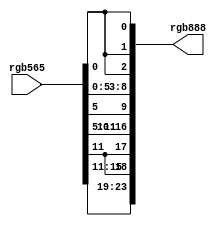
`timescale 1ns / 1ps
//////////////////////////////////////////////////////////////////////////////////
// Company: 
// Engineer: 
// 
// Design Name: 
// Module Name:    rgb_upconvert 
// Project Name: 
// Target Devices: 
// Tool versions: 
// Description: 
//
// Dependencies: 
//
// Revision: 
// Revision 0.01 - File Created
// Additional Comments: 
//
//////////////////////////////////////////////////////////////////////////////////
module rgb_upconvert(
	input wire [15:0] rgb565,
	output wire [23:0] rgb888
    );
	 
	 assign rgb888 = 
	 {rgb565[15:11],{3{rgb565[11]}},
	 rgb565[10:5],{2{rgb565[5]}},
	 rgb565[4:0],{3{rgb565[0]}}}; 


endmodule